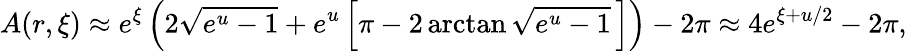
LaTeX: A(r,\xi)\approx e^{\xi}\left(2\sqrt{e^{u}-1}+e^{u}\left[\pi-2\arctan\sqrt{e^{u}-1}\, \right]\right)-2\pi\approx 4e^{\xi+u/2}-2\pi,